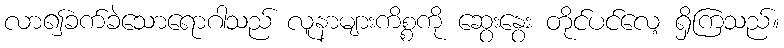
လာ၍ခက်ခဲသောရောဂါသည် လူနာများကိစ္စကို ဆွေးနွေး တိုင်ပင်လေ့ ရှိကြသည်။